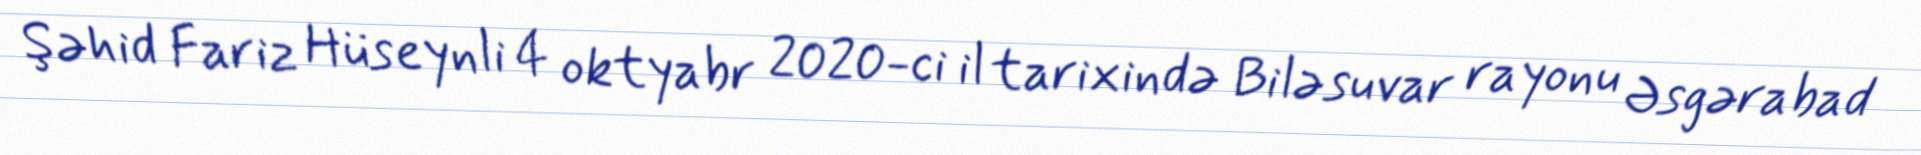
Şəhid Fariz Hüseynli 4 oktyabr 2020-ci il tarixində Biləsuvar rayonu Əsgərabad